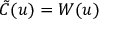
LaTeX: { \tilde { C } } ( u ) = W ( u )